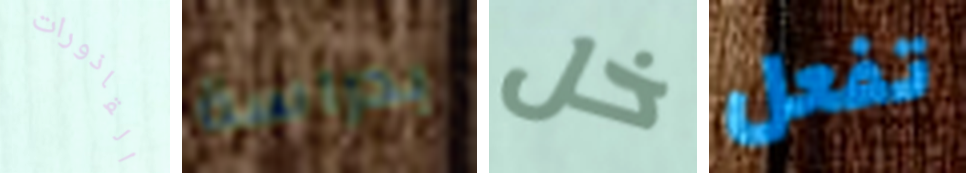
القاذورات بدراسة خل تفعل